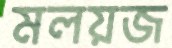
মলয়জ